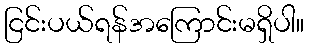
ငြင်းပယ်ရန်အကြောင်းမရှိပါ။